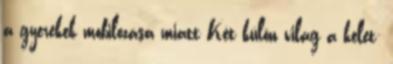
a gyerekek mobilozása miatt Két külön világ a kelet-